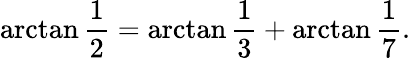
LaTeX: \arctan{\frac{1}{2}}=\arctan{\frac{1}{3}}+\arctan{\frac{1}{7}}.